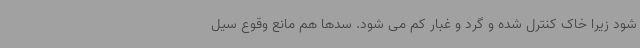
شود زیرا خاک کنترل شده و گرد و غبار کم می شود. سدها هم مانع وقوع سیل